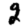
Digit: 2